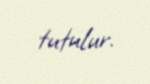
tutulur.